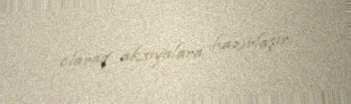
olaraq aksiyalara hazırlaşır.